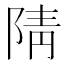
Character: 𮸨